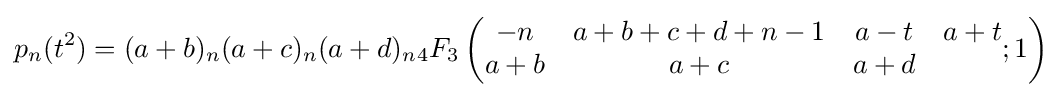
p_{n}(t^{2})=(a+b)_{n}(a+c)_{n}(a+d)_{n}{}_{4}F_{3}\left({\begin{matrix}-n&a+b+c+d+n-1&a-t&a+t\\a+b&a+c&a+d\end{matrix}};1\right)